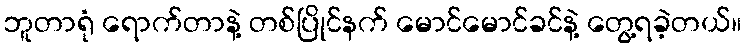
ဘူတာရုံ ရောက်တာနဲ့ တစ်ပြိုင်နက် မောင်မောင်ခင်နဲ့ တွေ့ရခဲ့တယ်။